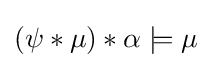
(\psi *\mu )*\alpha \models \mu